Civil Veterinary Dept. Assam report 1927-50 - 1927-1950
Year: 1927
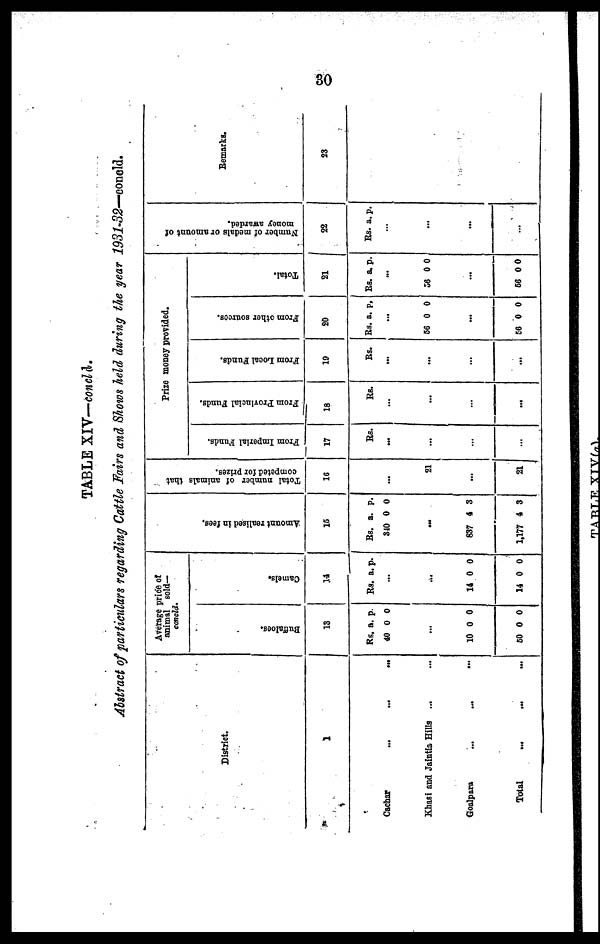
30
TABLE XIV—concld.
Abstract of particulars regarding Cattle Fairs and Shows held during the year 1931-32—concld.
District.
1
Cachar ... ... ... ... ...
Khasi and Jaintia Hills ... ...
Goalparo
...
...
...
Total … … …
Average price of
animal sold—
concld.
Buffaloes.
13
Rs. a. p.
40 0 0
...
10 0 0
50 0 0
Camels.
14
Rs. a. p.
…
...
14 0 0
14 0 0
Amount realised in fees.
15
Rs. a. p.
310 0 0
…
637 4 3
1,177 4 3
Total number of animals that
competed for prizes.
16
…
21
...
21
Prize money provided.
From Imperial Funds.
17
Rs.
...
...
…
…
From Provincial Funds.
18
Rs.
…
...
…
...
From Local Funds.
19
Rs.
...
...
…
...
From other sources.
20
Rs. a. p,
...
56 0 0
…
56 0 0
Total.
21
Rs. a. p.
...
56 0 0
...
56 0 0
Nu mb e
r of m e d a l s or amount of
mo ne y awarded.
22
Rs. a. p.
…
…
...
…
Remarks.
23